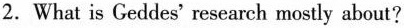
2.What is Geddes' research mostly about?